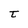
Character: t